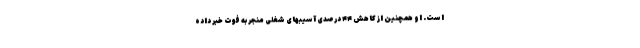
است. او همچنین از کاهش ۴۴ درصدی آسیبهای شغلی منجر به فوت خبر داده